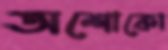
অশোকো